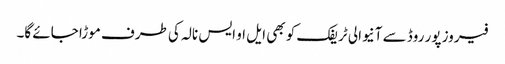
فیروز پور روڈ سے آنیوالی ٹریفک کو بھی ایل او ایس نالہ کی طرف موڑا جائے گا۔